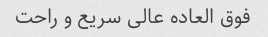
فوق العاده عالی سریع و راحت